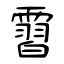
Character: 霫